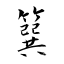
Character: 簨